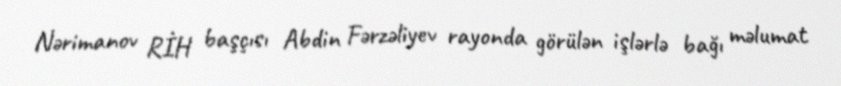
Nərimanov RİH başçısı Abdin Fərzəliyev rayonda görülən işlərlə bağı məlumat